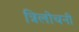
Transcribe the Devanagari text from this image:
त्रिलोचनी